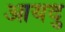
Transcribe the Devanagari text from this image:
आयदु